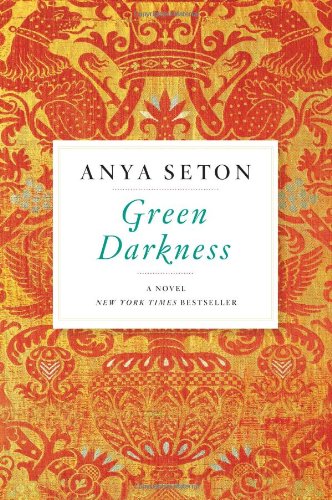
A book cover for Green Darkness; Anya Seton; Romance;